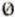
0